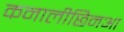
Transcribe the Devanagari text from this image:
कनालीछिनआ